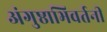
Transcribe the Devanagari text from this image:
अंगुष्ठाभिवर्तनी